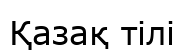
Қазақ тілі